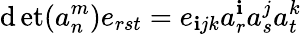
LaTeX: \operatorname*{\mathrm{d}et}(a_{n}^{m})e_{rst}=e_{\mathbf{i}jk}a_{r}^{\mathbf{i}}a_{s}^{j}a_{t}^{k}